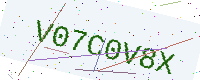
Text: V07C0V8X